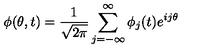
\phi ( \theta , t ) = { \frac { 1 } { \sqrt { 2 \pi } } } \sum _ { j = - \infty } ^ { \infty } \phi _ { j } ( t ) e ^ { i j \theta }